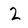
Character: 2